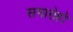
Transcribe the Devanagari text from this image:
समारोहो